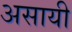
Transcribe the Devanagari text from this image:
असायी